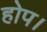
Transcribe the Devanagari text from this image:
होप।